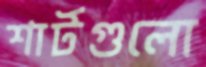
শার্টগুলো